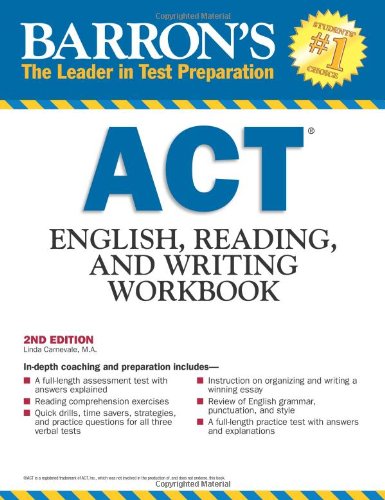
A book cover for Barron's ACT English, Reading and Writing Workbook, 2nd Edition; Linda Carnevale M.A.; Test Preparation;